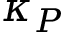
\kappa _ { P }